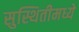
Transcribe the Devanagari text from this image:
सुस्थितीमध्ये